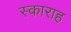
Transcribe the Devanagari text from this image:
स्काराह